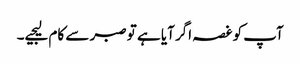
آپ کو غصہ اگر آیا ہے تو صبر سے کام لیجیے۔